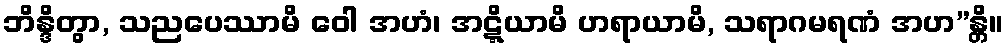
ဘိန္ဒိတွာ, သညပေဿာမိ ဝေါ အဟံ၊ အဋ္ဋိယာမိ ဟရာယာမိ, သရာဂမရဏံ အဟ”န္တိ။